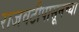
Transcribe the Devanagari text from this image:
राजवटीपासूनच्या